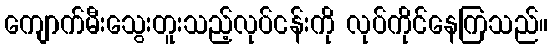
ကျောက်မီးသွေးတူးသည့်လုပ်ငန်းကို လုပ်ကိုင်နေကြသည်။